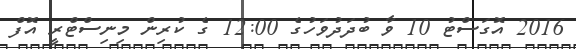
2016 އޮގަސްޓު 10 ވާ ބުދަދުވަހުގެ 12:00 ގެ ކުރިން މިނިސްޓްރީ އޮފް